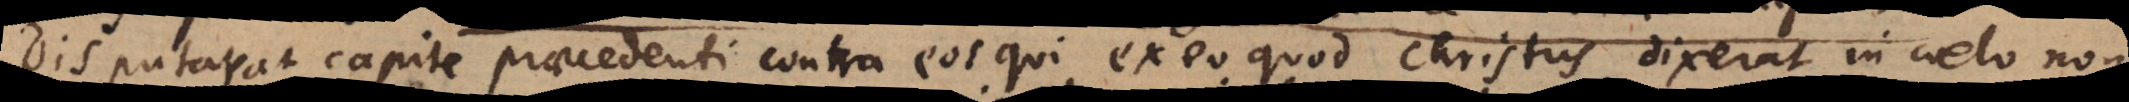
Disputat capite praecedenti contra eos qui ex eo quod Christus dixerat in coelo non